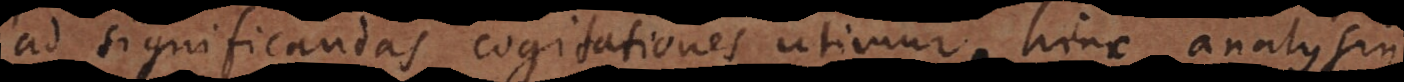
ad significandas cogitationes utimur, hinc analysi